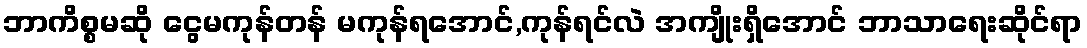
ဘာကိစ္စမဆို ငွေမကုန်တန် မကုန်ရအောင်,ကုန်ရင်လဲ အကျိုးရှိအောင် ဘာသာရေးဆိုင်ရာ